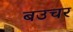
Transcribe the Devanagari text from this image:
बउचर